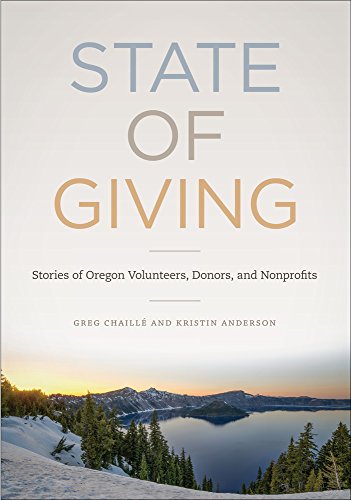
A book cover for State of Giving: Stories of Oregon Nonprofits, Donors, and Volunteers; Greg ChaillÃ©; Politics & Social Sciences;